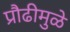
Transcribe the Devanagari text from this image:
प्रौढीमुळे